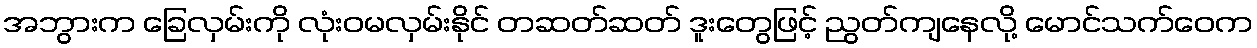
အဘွားက ခြေလှမ်းကို လုံးဝမလှမ်းနိုင် တဆတ်ဆတ် ဒူးတွေဖြင့် ညွတ်ကျနေလို့ မောင်သက်ဝေက